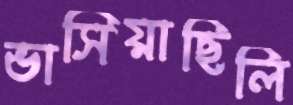
ভাসিয়াছিলি